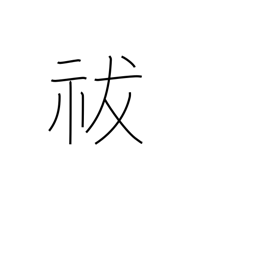
Meaning: exorcise